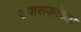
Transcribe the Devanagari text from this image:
उपासकांच्या